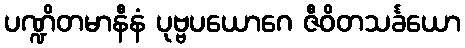
ပဏ္ဍိတမာနီနံ ပုဗ္ဗပယောဂေ ဇီဝိတသင်္ခယော